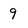
Character: 9